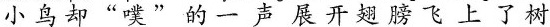
小鸟却“噗”的一声展开翅膀飞上了树